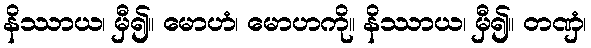
နိဿာယ၊ မှီ၍။ မောဟံ၊ မောဟကို။ နိဿာယ၊ မှီ၍။ တဏှံ၊